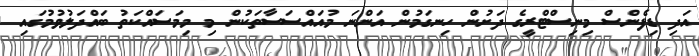
އަދި ޑިފެންސް މިނިސްޓްރީގެ ދަށުން ހިނގަމުން އަންނަ މުއައްސަސާތަކުން މި މިމަސައްކަތު ބައްދަލުވުމުގައި